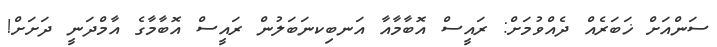
ސަންއަށް ޚަބަރެއް ދެއްވުމަށް: ރައީސް އޮބާމާއާ އަނބިކނަބަލުން ރައީސް އޮބާމާގެ އާމްދަނީ ދަށަށް!